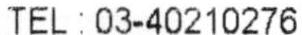
TEL : 03-40210276